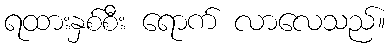
ရထားနှစ်စီး ရောက် လာလေသည်။